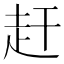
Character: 赶